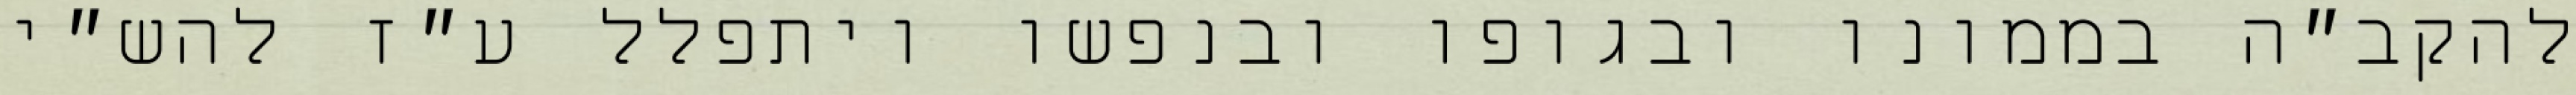
להקב״ה בממונו ובגופו ובנפשו ויתפלל ע״ז להש״י